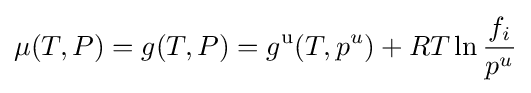
\mu (T,P)=g(T,P)=g^{\mathrm {u} }(T,p^{u})+RT\ln {\frac {f_{i}}{p^{u}}}